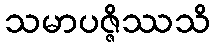
သမာပဇ္ဇိဿသိ